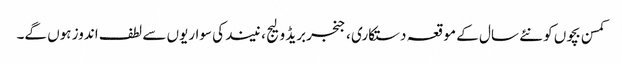
کمسن بچوں کو نئے سال کے موقعہ دستکاری ، جنجربریڈ ولیج ، نیند کی سواریوں سے لطف اندوز ہوں گے۔